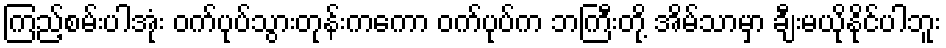
ကြည့်စမ်းပါအုံး ဝက်ပုပ်သွားတုန်းကကော ဝက်ပုပ်က ဘကြီးတို့ အိမ်သာမှာ ချီးမယိုနိုင်ပါဘူး